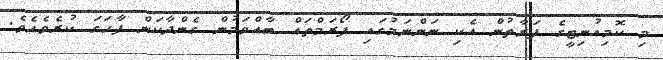
މި ކޮމިއުނިޓީގެ ފަރާތުން އެކި ނަންނަމުގައި ފޯރަމްތައް ބާއްވަމުން ގެންދާކަން ފާހަގަ ކުރެވެއެވެ.